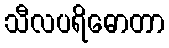
သီလပရိဓောတာ